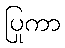
ပြုကာ